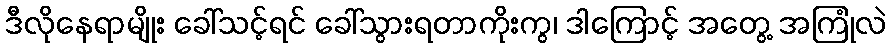
ဒီလိုနေရာမျိုး ခေါ်သင့်ရင် ခေါ်သွားရတာကိုးကွ၊ ဒါကြောင့် အတွေ့ အကြုံလဲ